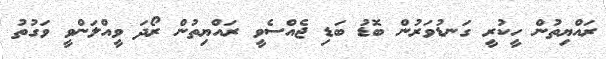
ރައްޔިތުން ހީކުރީ ގަނޑުވަރުން ބޮޑު ބަޑި ޖެއްސެވީ ރައްޔިތުން ރޯދަ ވީއްލަންވީ ވަގުތު